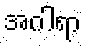
အဂါရာ